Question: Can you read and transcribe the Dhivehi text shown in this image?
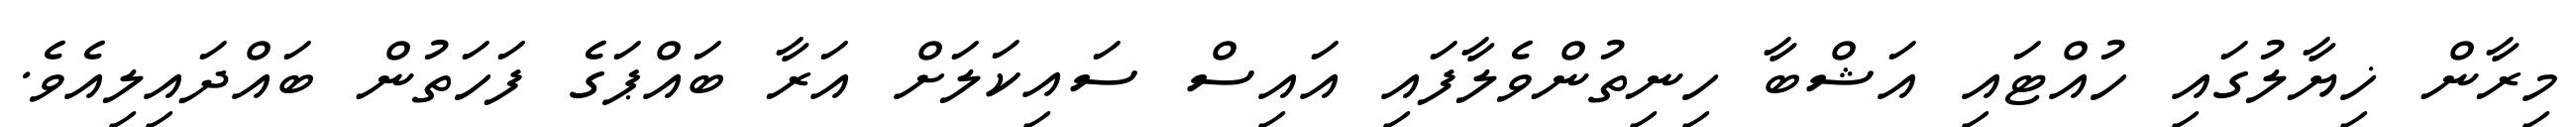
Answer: މިރާން ޚިޔާލުގައި ހުއްޓައި އަޝްބާ ހިނިތުންވެލާފައި އައިސް ސައިކަލަށް އަރާ ބައްޕަގެ ފަހަތުން ބައްދައިލިއެވެ.